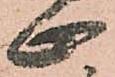
止